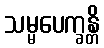
သမ္မပေက္ခန္တိ